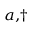
^ { a , \dagger }